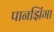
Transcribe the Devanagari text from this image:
पानझिंगा